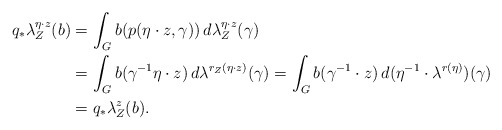
\begin{align*} q_{*}\lambda_{Z}^{\eta\cdot z}(b)&=\int_{G}b(p(\eta\cdot z,\gamma))\,d\lambda_{Z}^{\eta\cdot z}(\gamma) \\ &=\int_{G}b(\gamma^{-1}\eta\cdot z) \,d\lambda^{r_{Z}(\eta\cdot z)}(\gamma) = \int_{G}b(\gamma^{-1}\cdot z)\,d(\eta^{-1}\cdot \lambda^{r(\eta)})(\gamma)\\ & = q_{*}\lambda_{Z}^{z}(b). \end{align*}